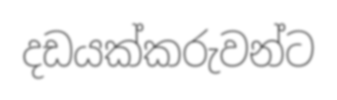
දඩයක්කරුවන්ට